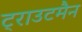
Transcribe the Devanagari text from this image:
ट्राउटमैन